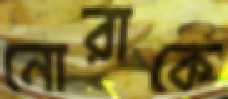
নোরাকে